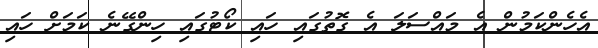
އެހެންކަމުން އެ މައްސަލަ އެ ގޮތުގައި ހައި ކޯޓުގައި ހިންގޭނެ ކަމަށް ހައި